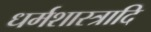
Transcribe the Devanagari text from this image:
धर्मशास्त्रादि